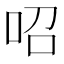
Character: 𠰉